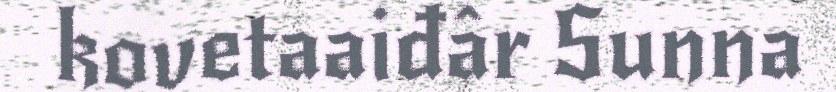
kovetaaiđâr Sunna